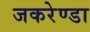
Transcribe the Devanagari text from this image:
जकरेण्डा